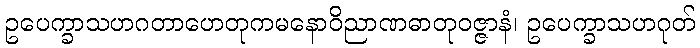
ဥပေက္ခာသဟဂတာဟေတုကမနောဝိညာဏဓာတုဝဇ္ဇာနံ၊ ဥပေက္ခာသဟဂုတ်